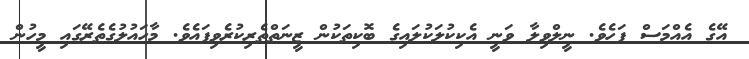
އޭގެ އެއްމަސް ފަހެވެ. ނީލްވިލާ ވަނީ އެކިކުލަކުލައިގެ ބޮކިތަކުން ޒީނަތްތެރިކުރެވިފައެވެ. މާހައުލުގެތެރޭގައި މީހުން